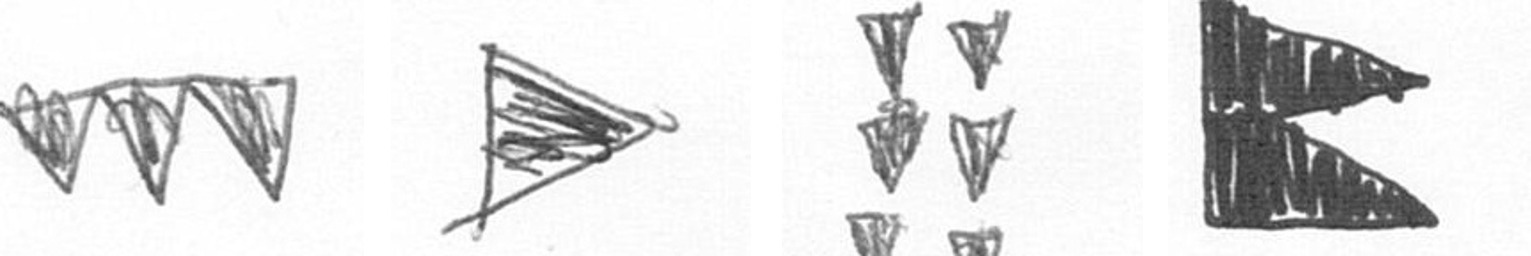
L T Y P